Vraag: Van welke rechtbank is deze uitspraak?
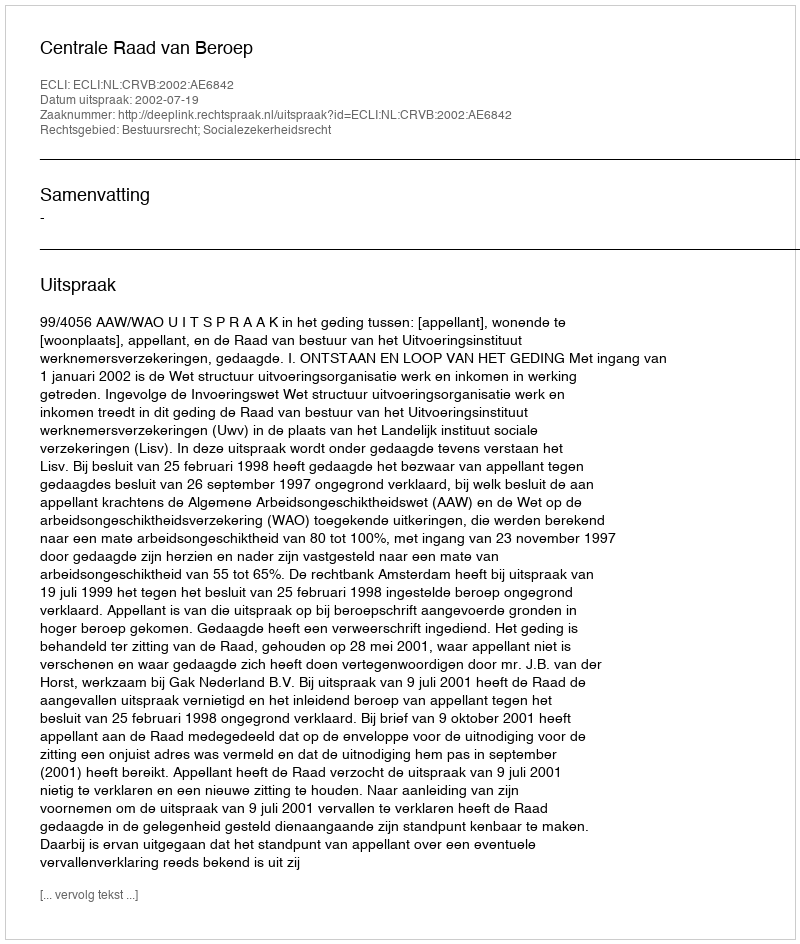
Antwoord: Centrale Raad van Beroep